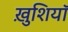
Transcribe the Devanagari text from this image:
ख़ुशियाॅ